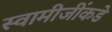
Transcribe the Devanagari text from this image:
स्वामीजींकडे